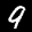
Label: 9